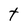
Character: t